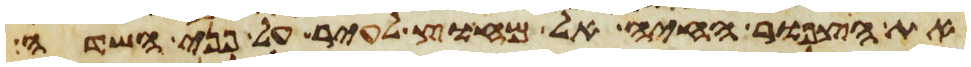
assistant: את הצפור החיה אל מחוץ לעיר על פני השדה